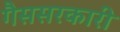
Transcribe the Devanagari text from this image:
गैससरकारी